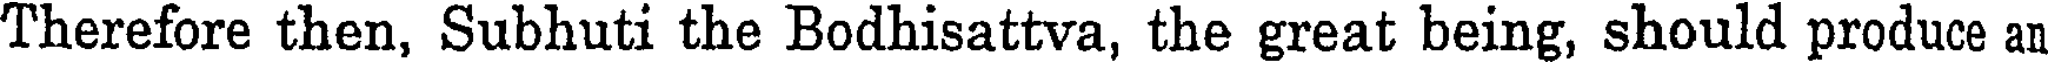
Therefore then, Subhuti the Bodhisattva, the great being, should produce an